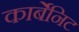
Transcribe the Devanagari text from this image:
कार्बेनिट